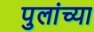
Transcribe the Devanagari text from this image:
पुलांच्या